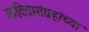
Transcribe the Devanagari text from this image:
कवितासंग्रहांच्या